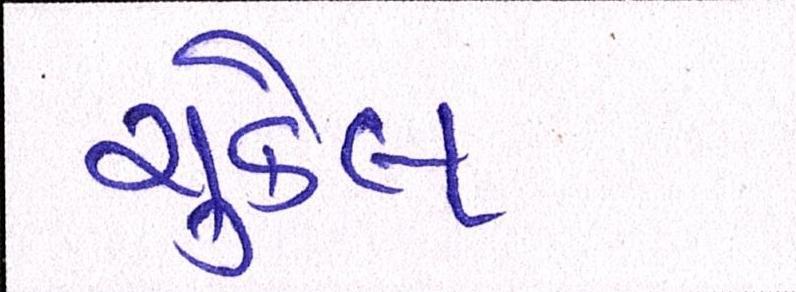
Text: ચુકેલ